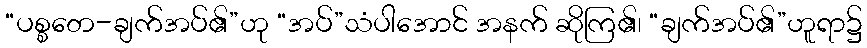
“ပစ္စတေ-ချက်အပ်၏”ဟု “အပ်”သံပါအောင် အနက် ဆိုကြ၏၊ “ချက်အပ်၏”ဟူရာ၌